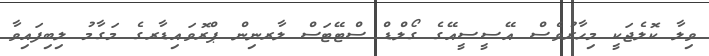
ވިލާ ކޮލެޖަކީ މިހާރުވެސް އޭސީސީއޭގެ ގޯލްޑް ސްޓޭޓަސް ލާރނިން ޕްރޮވައިޑާރގެ މަގާމު ލިބިފައިވާ